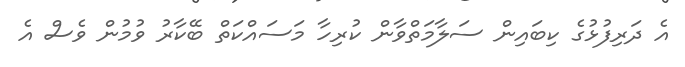
އެ ދަރިފުޅުގެ ކިބައިން ސަލާމަތްވާން ކުރިހާ މަސައްކަތް ބޭކާރު ވުމުން ވެސް އެ